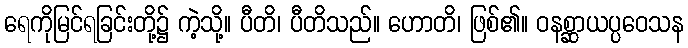
ရေကိုမြင်ရခြင်းတို့၌ ကဲ့သို့။ ပီတိ၊ ပီတိသည်။ ဟောတိ၊ ဖြစ်၏။ ဝနစ္ဆာယပ္ပဝေသန